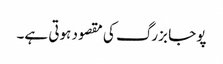
پوجا بزرگ کی مقصود ہوتی ہے۔